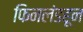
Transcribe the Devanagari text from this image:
फिनलंडहून